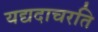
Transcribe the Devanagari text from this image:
यद्यदाचरति